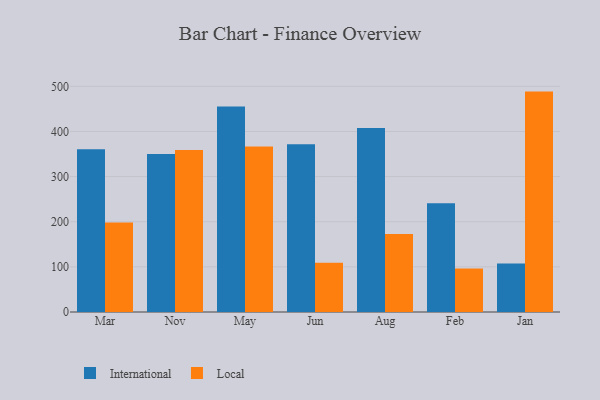
{"axis": {"x": "Month", "y": "Market Share (%)"}, "legend": ["International", "Local"], "data": [{"x": "Mar", "y": 360.6, "type": "International"}, {"x": "Mar", "y": 198.6, "type": "Local"}, {"x": "Nov", "y": 350.4, "type": "International"}, {"x": "Nov", "y": 359.1, "type": "Local"}, {"x": "May", "y": 455.2, "type": "International"}, {"x": "May", "y": 367.0, "type": "Local"}, {"x": "Jun", "y": 371.7, "type": "International"}, {"x": "Jun", "y": 109.4, "type": "Local"}, {"x": "Aug", "y": 407.9, "type": "International"}, {"x": "Aug", "y": 173.0, "type": "Local"}, {"x": "Feb", "y": 241.1, "type": "International"}, {"x": "Feb", "y": 96.2, "type": "Local"}, {"x": "Jan", "y": 107.5, "type": "International"}, {"x": "Jan", "y": 488.4, "type": "Local"}]}